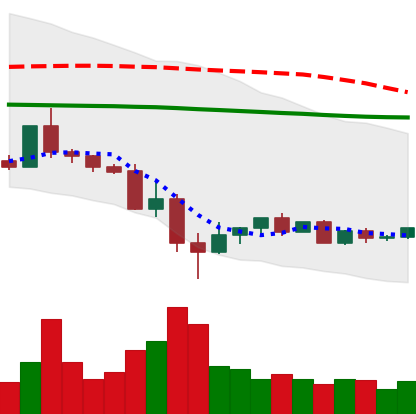
Ticker: ETC-USD
Chart end date: 2022-05-22
Forward return: 6.159%
Label: up_5_7